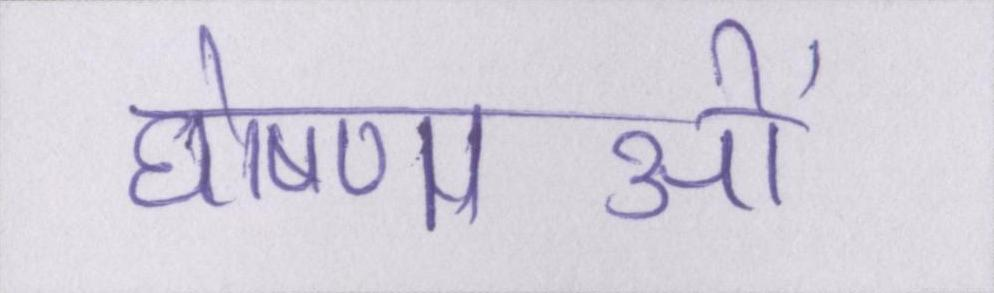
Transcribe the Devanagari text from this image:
घोषणाओं